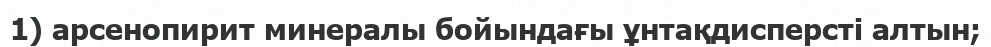
1) арсенопирит минералы бойындағы ұнтақдисперсті алтын;